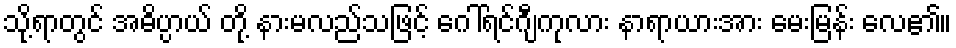
သို့ရာတွင် အဓိပ္ပာယ် တို့ နားမလည်သဖြင့် ဂေါ်ရင်ဂျီကုလား နာရာယားအား မေးမြန်း လေ၏။